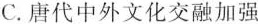
C.唐代中外文化交融加强